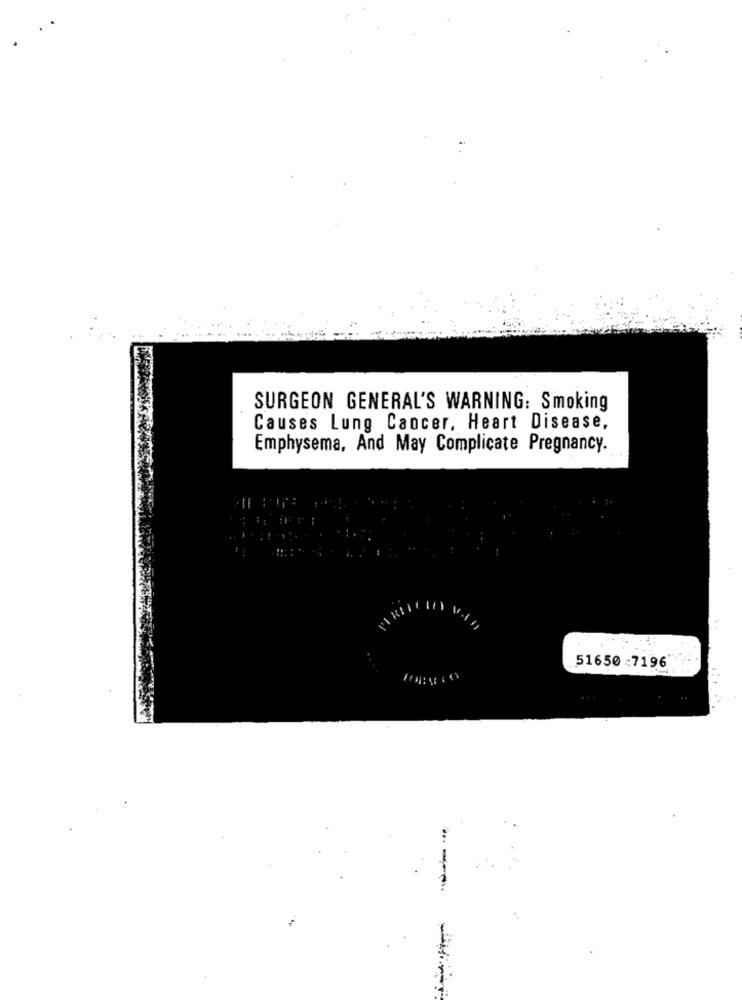
SURGEON GENERAL'S WARNING: Smoking
Causes Lung Cancer, Heart Disease,
Emphysema, And May Complicate Pregnancy.
51650 :7196